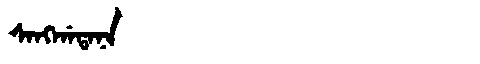
Manchu: ᠰᠠᠩᡤᠠᡨᠠᠨᠠ
Romanization: SANGGATANA